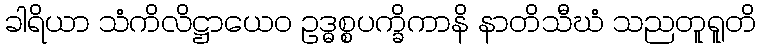
ခါရိယာ သံကိလိဋ္ဌာယေဝ ဥဒ္ဓစ္စပက္ခိကာနိ နာတိသီဃံ သညတူရူတိ